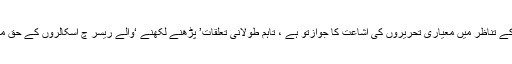
’حق دار بہ حق رسید ‘ کے تناظر میں معیاری تحریروں کی اشاعت کا جوازتو ہے ، تاہم طولانی تعلقات’ پڑھنے لکھنے ‘والے ریسر چ اسکالروں کے حق میں مزاحم بن جاتے ہیں ۔